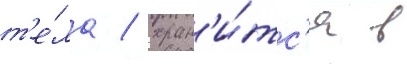
т'е́ла / хран'и́тс'я в